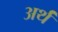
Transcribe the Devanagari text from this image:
अर्थं